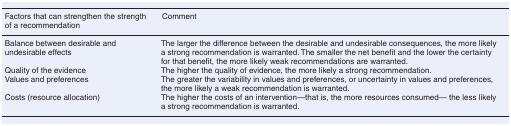
<table><thead><tr><td><b>Factors that can strengthen the strength of a recommendation</b></td><td><b>Comment</b></td></tr></thead><tbody><tr><td>Balance between desirable and undesirable effects</td><td>The larger the difference between the desirable and undesirable consequences, the more likely a strong recommendation is warranted. The smaller the net benefit and the lower the certainty for that benefit, the more likely weak recommendations are warranted.</td></tr><tr><td>Quality of the evidence</td><td>The higher the quality of evidence, the more likely a strong recommendation.</td></tr><tr><td>Values and preferences</td><td>The greater the variability in values and preferences, or uncertainty in values and preferences, the more likely a weak recommendation is warranted.</td></tr><tr><td>Costs (resource allocation)</td><td>The higher the costs of an intervention—that is, the more resources consumed— the less likely a strong recommendation is warranted.</td></tr></tbody></table>